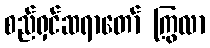
စည်ရှင်ဆရာတော် ကြွလာ